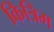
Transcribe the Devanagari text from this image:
कित्रिम